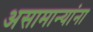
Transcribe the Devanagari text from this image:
असामान्यांना